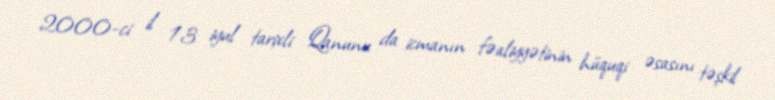
2000-ci il 13 iyul tarixli Qanunu da icmanın fəaliyyətinin hüquqi əsasını təşkil